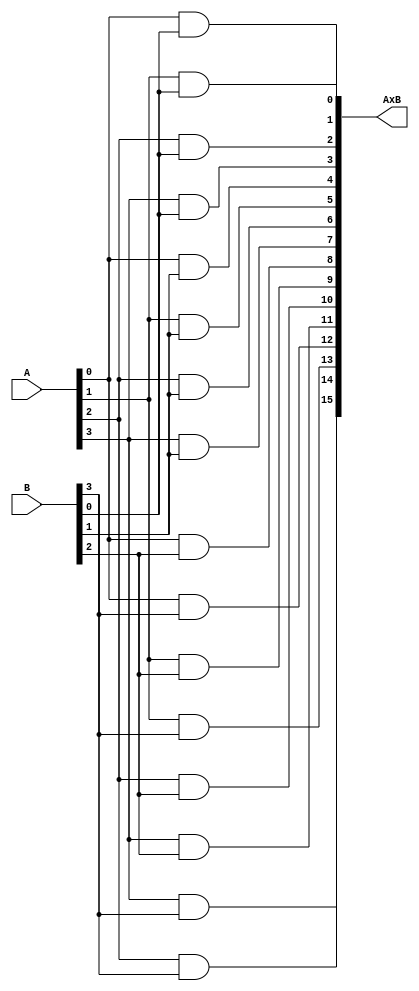
`timescale 1ns / 1ps

module bit_multiplier(input [3:0] A, B, output reg [15:0] AxB);

always @ (*)
begin
	AxB[3:0]    = ({A[3]&B[0], A[2]&B[0], A[1]&B[0], A[0]&B[0]}); //PP0
	AxB[7:4]    = ({A[3]&B[1], A[2]&B[1], A[1]&B[1], A[0]&B[1]}); //PP1
	AxB[11:8]   = ({A[3]&B[2], A[2]&B[2], A[1]&B[2], A[0]&B[2]}); //PP2
	AxB[15:12]  = ({A[3]&B[3], A[2]&B[3], A[1]&B[3], A[0]&B[3]}); //PP3
end

endmodule